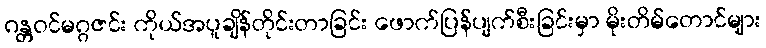
ဂန္တဝင်မဂ္ဂဇင်း ကိုယ်အပူချိန်တိုင်းတာခြင်း ဖောက်ပြန်ပျက်စီးခြင်းမှာ မိုးတိမ်တောင်များ